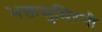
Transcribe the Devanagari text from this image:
भक्तसुमिरनी